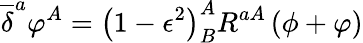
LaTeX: \overline{{{\delta}}}^{a}\varphi^{A}=\left(1-\epsilon^{2}\right)_{B}^{A}R^{aA}\left(\phi+\varphi\right)